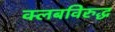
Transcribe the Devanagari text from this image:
क्लबविरुद्ध